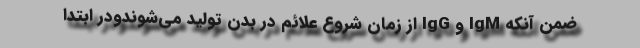
ضمن آنکه IgM و IgG از زمان شروع علائم در بدن تولید می‌شوندودر ابتدا